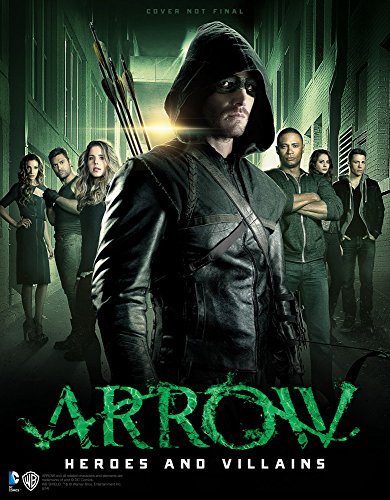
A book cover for Arrow - Heroes and Villains; Nick Aires; Humor & Entertainment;